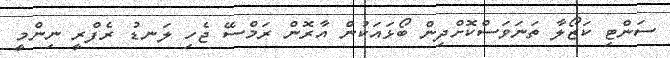
ސަންޓި ކަޒޯލާ ތަނަވަސްކޮށްދިން ބޯޅައަކުން އާރޮން ރަމްސޭ ޖެހި ލަނޑު ރެފްރީ ނިންމީ